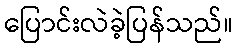
ပြောင်းလဲခဲ့ပြန်သည်။